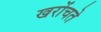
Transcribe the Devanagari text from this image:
खरोंचते